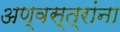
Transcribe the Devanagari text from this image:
अण्वस्त्रांना